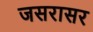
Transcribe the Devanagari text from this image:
जसरासर